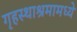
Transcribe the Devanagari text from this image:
गृहस्थाश्रमामध्ये